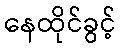
နေထိုင်ခွင့်